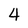
Character: 4